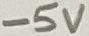
Text: -5V